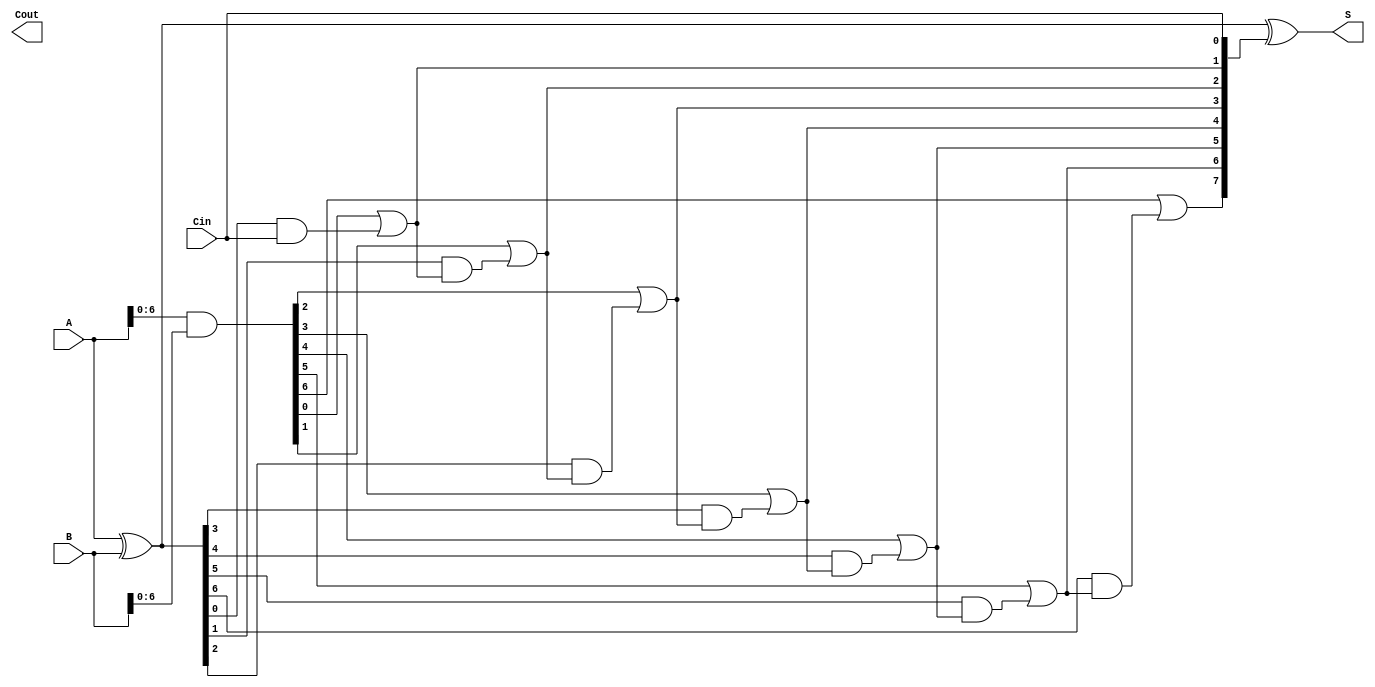
module Parallel_Prefix_Adder #(parameter N = 8) (
    input  wire [N-1:0] A,      // First operand
    input  wire [N-1:0] B,      // Second operand
    input  wire Cin,             // Carry-in
    output wire [N-1:0] S,      // Sum output
    output wire Cout             // Carry-out
);

    // Generate and Propagate Signals
    wire [N-1:0] G; // Generate
    wire [N-1:0] P; // Propagate
    wire [N:0] C;    // Carry signals

    // Generate and Propagate calculation
    assign G = A & B;           // G[i] = A[i] AND B[i]
    assign P = A ^ B;           // P[i] = A[i] XOR B[i]

    // Carry signals computation
    assign C[0] = Cin;          // Least significant carry is Cin

    genvar i;
    generate
        for (i = 0; i < N; i = i + 1) begin : carry_generation
            if (i > 0) begin
                assign C[i] = G[i-1] | (P[i-1] & C[i-1]); // C[i] = G[i-1] OR (P[i-1] AND C[i-1])
            end
        end
    endgenerate

    // Sum calculation
    assign S = A ^ B ^ C[N-1:0]; // S[i] = A[i] XOR B[i] XOR C[i]

    // Final Carry-out
    assign Cout = C[N]; // Carry-out is the final carry signal

endmodule